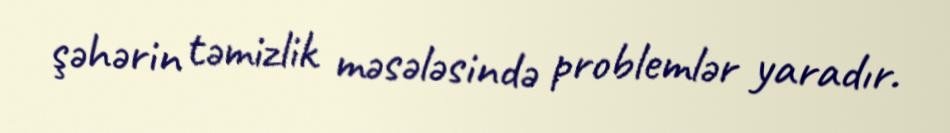
şəhərin təmizlik məsələsində problemlər yaradır.